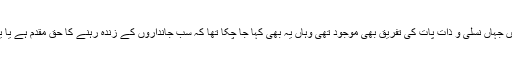
دنیا کے مختلف سماجوں میں مانے جانے والے ، غیر مقدس و مقدس ، دونوں طرح کے عقائد میں جہاں نسلی و ذات پات کی تفریق بھی موجود تھی وہاں یہ بھی کہا جا چکا تھا کہ سب جانداروں کے زندہ رہنے کا حق مقدم ہے یا یہ کہ سب انسان برابر ہیں اور کسی عجمی کو عربی یا عربی کو عجمی پر فوقیت حاصل نہ ہے ۔